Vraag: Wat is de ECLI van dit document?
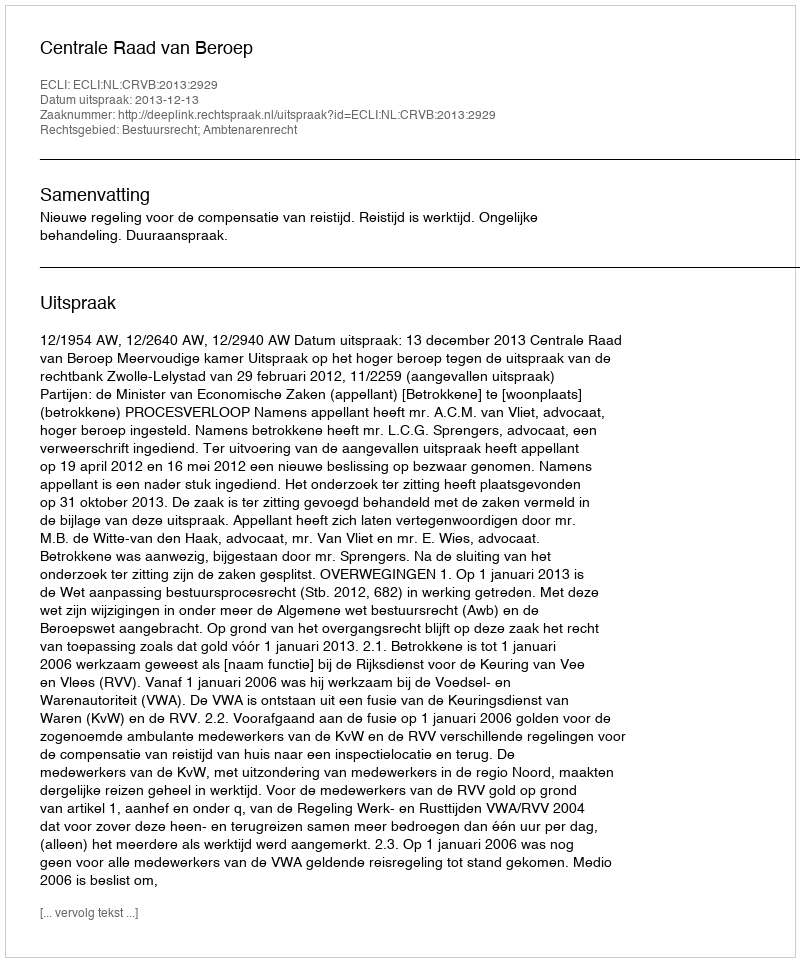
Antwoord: ECLI:NL:CRVB:2013:2929